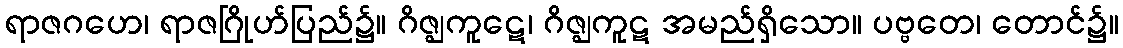
ရာဇဂဟေ၊ ရာဇဂြိုဟ်ပြည်၌။ ဂိဇ္ဈကူဋေ၊ ဂိဇ္ဈကူဋ အမည်ရှိသော။ ပဗ္ဗတေ၊ တောင်၌။